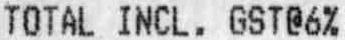
TOTAL INCL. GST@6%